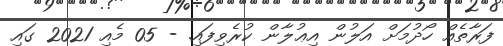
ފަރާތެއް ހޯދުމަށް އަލުން އިޢުލާން ކުރެވިފައި. - 05 މެއި 2021 ގައި